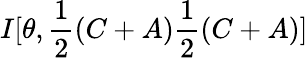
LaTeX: I[\theta,\frac{1}{2}(C+A)\frac{1}{2}(C+A)]